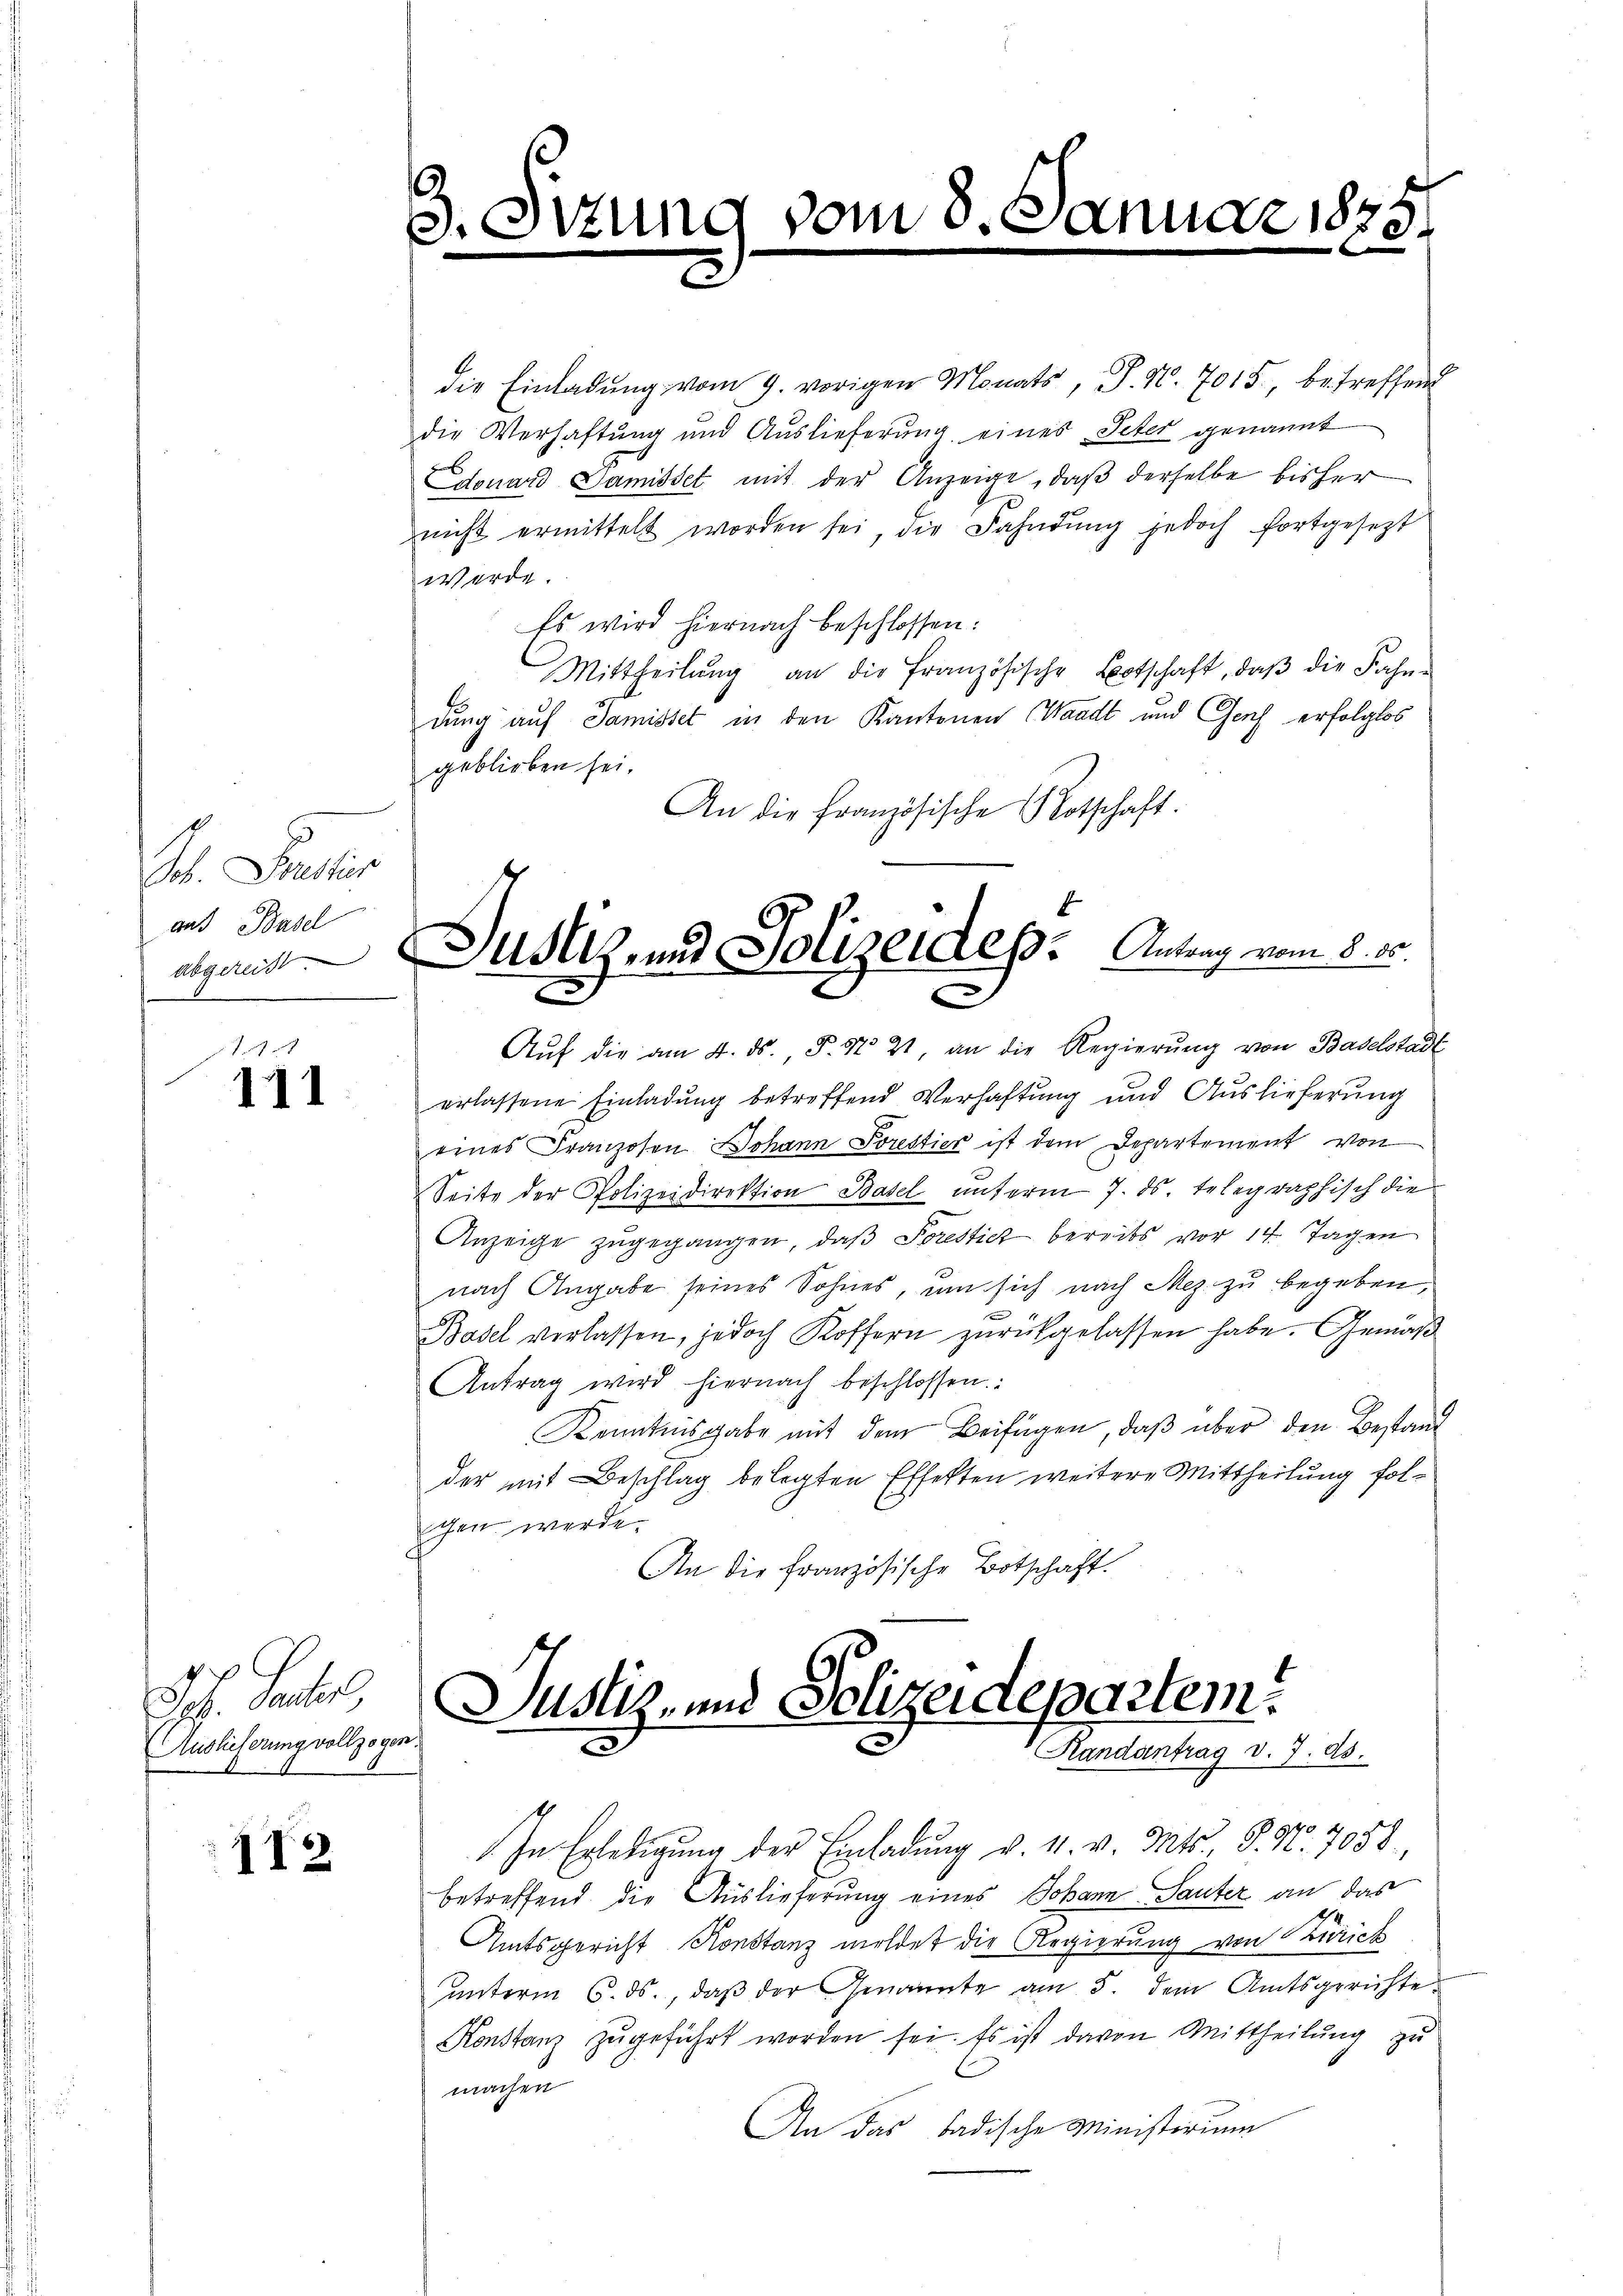
S. Peter
and Basel
e

111

. Ferie,
Auslieferung vollzogen.

112

die Einladung vom 9. vorigen Monats, S. N. 7015, betreffend
die Verhaftung und Auslieferung eines Peter genannt
Edouard Damisset mit der Anzeige, daß derselbe bisher
nicht ermittelt worden sei, die Fahndŭng jedoch fortgesezt
werde.
Es wird hiernach beschlossen:
Mittheilŭng an die französische Botschaft, daβ die Fahn-
dung auf Samistet in den Kantonen Waadt und Genf erfolglos
geblieben sei.
An die Französische Rothschaft.
Aŭf die am 4. ds. P. Nr. 21, an die Regierŭng von Baselstadt
erlassene Einladung betreffend Verhaftung und Auslieferung
eines Franzosen Johann Porestier ist dem Departement von
Seite der Polizeidirektion Basel unterm 7. ds. telegraphisch die
Anzeige zugegangen, daß Sorestich bereits vor 14 Tagen
nach Angabe seines Sohnes, um sich nach Mez zu begeben,
t
Basel verlassen, jedoch Koffern zurückgelassen habe. Gemäß
Antrag wird hiernach beschlossen:
Kenntnisgabe mit dem Beifügen, daß über den Bestand
der mit Beschlag belegten Effekten weitere Mittheilung folgen werde.
An die Französische Botschaft.

.
. Sitzun

vom 8. d.

Anne

alger Justiz- und Polizeides. Antrag vom 8. 10.
2
e

r 1878.

Justiz- und Polizeidepartem
Randantrag v. 7. ds.

In Erledigŭng der Einladŭng v. 4. v. Mts. S. Nr. 7058,
betreffend die Auslieferung eines Johann Sauter an das
Amtsgericht Konstanz meldet die Regierung von Zürich
unterm 6. ds., daß der Genannte am 5. dem Amtsgerichte
Konstanz zugeführt worden sei. Es ist davon Mittheilung zu
machen
An das badische Ministerium